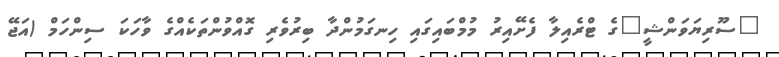
"ސޫރިޔަވަންޝީ"ގެ ޓްރެއިލާ ފެށޭއިރު މުމްބައިގައި ހިނގަމުންދާ ބިރުވެރި ގޮއްވުންތަކެއްގެ ވާހަކަ ސިންހަމް (އަޖޭ